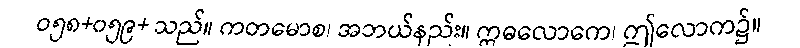
ဝ၅၈+၀၅၉+ သည်။ ကတမောစ၊ အဘယ်နည်း။ ဣဓလောကေ၊ ဤလောက၌။